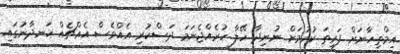
އިމްތިހާނަށް ފަރިތަ ކުރުމަށް ނުނިދާ ހޭލާ ހުރެއްޖެނަމަ ދަސްކުރި އެއްވެސް އެއްޗެއް ހަނދާނުގައި